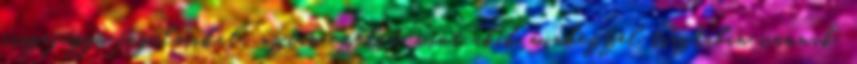
összefüggő fogalmakat; aztán ezeket, mint akik mindezzel tisztában vannak,